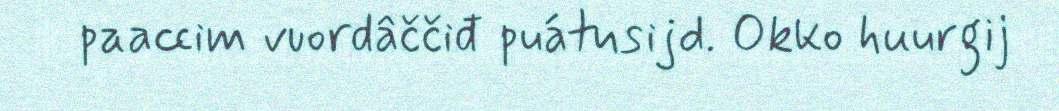
paaccim vuordâččiđ puátusijd. Okko huurgij